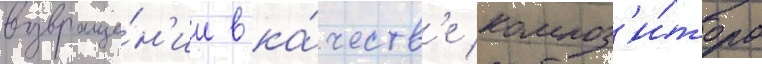
возвраще́н'ии в ка́честв'е композ'и́тора